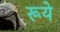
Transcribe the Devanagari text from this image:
रूये